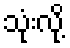
သုံးလို့